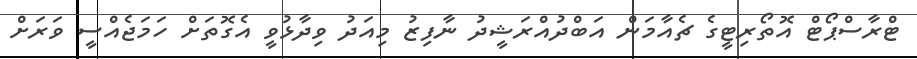
ޓްރާސްޕޯޓް އޮތޯރިޓީގެ ޗެއާމަން އަބްދުއްރަޝީދު ނާފިޒު މިއަދު ވިދާޅުވީ އެގޮތަށް ހަމަޖެއްސީ ވަރަށް